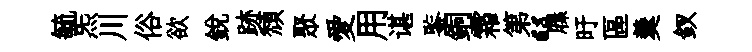
毓炁川俗欲銳跡頹聚愛用谌鍳銅霜第“屧旴區羹釵